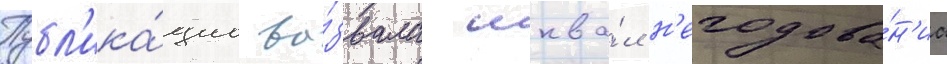
Публ'ика́циа вы́звала шква́л н'егодова́н'иа